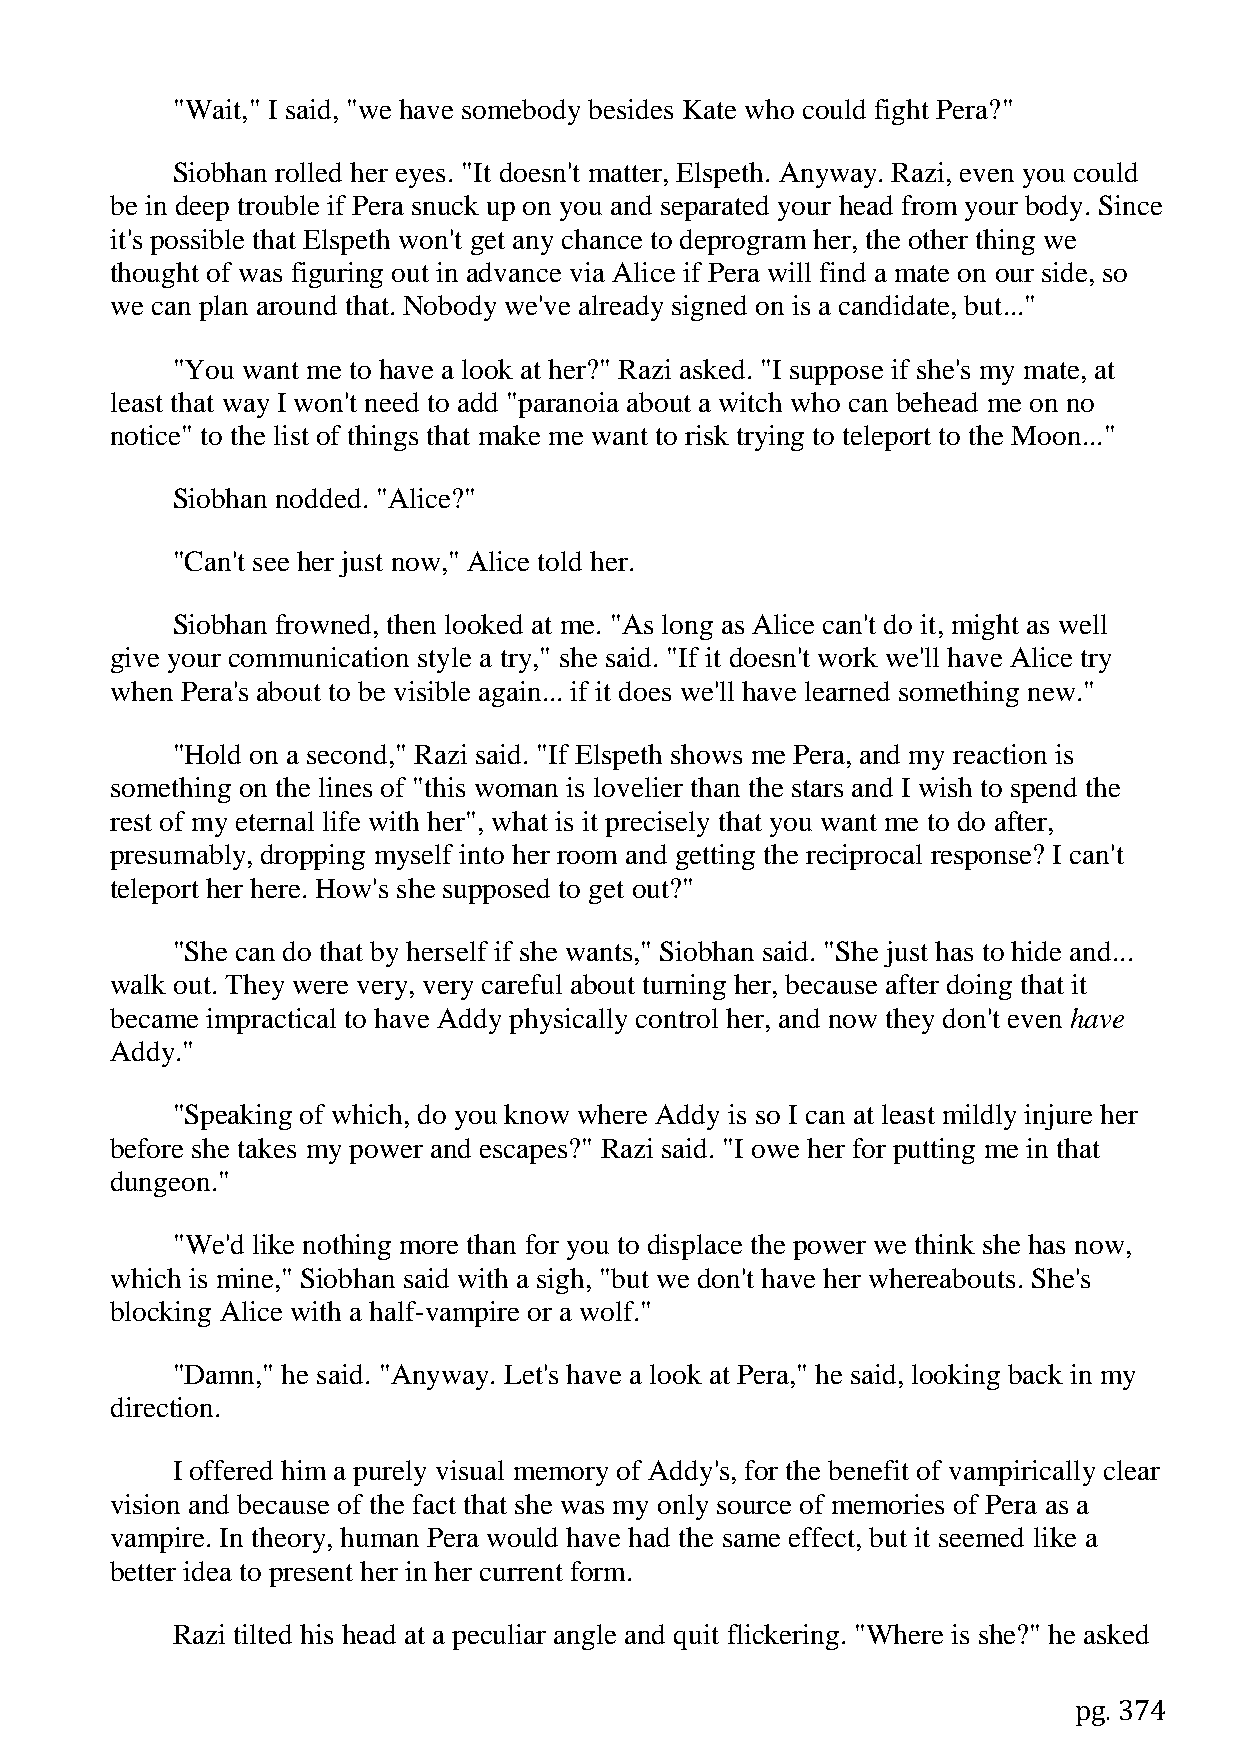
"Wait," I said, "we have somebody besides Kate who could fight Pera?"
 Siobhan rolled her eyes. "It doesn't matter, Elspeth. Anyway. Razi, even you could
 be in deep trouble if Pera snuck up on you and separated your head from your body. Since
 it's possible that Elspeth won't get any chance to deprogram her, the other thing we
 thought of was figuring out in advance via Alice if Pera will find a mate on our side, so
 we can plan around that. Nobody we've already signed on is a candidate, but..."
 "You want me to have a look at her?" Razi asked. "I suppose if she's my mate, at
 least that way I won't need to add "paranoia about a witch who can behead me on no
 notice" to the list of things that make me want to risk trying to teleport to the Moon..."
 Siobhan nodded. "Alice?"
 "Can't see her just now," Alice told her.
 Siobhan frowned, then looked at me. "As long as Alice can't do it, might as well
 give your communication style a try," she said. "If it doesn't work we'll have Alice try
 when Pera's about to be visible again... if it does we'll have learned something new."
 "Hold on a second," Razi said. "If Elspeth shows me Pera, and my reaction is
 something on the lines of "this woman is lovelier than the stars and I wish to spend the
 rest of my eternal life with her", what is it precisely that you want me to do after,
 presumably, dropping myself into her room and getting the reciprocal response? I can't
 teleport her here. How's she supposed to get out?"
 "She can do that by herself if she wants," Siobhan said. "She just has to hide and...
 walk out. They were very, very careful about turning her, because after doing that it
 became impractical to have Addy physically control her, and now they don't even have
 Addy."
 "Speaking of which, do you know where Addy is so I can at least mildly injure her
 before she takes my power and escapes?" Razi said. "I owe her for putting me in that
 dungeon."
 "We'd like nothing more than for you to displace the power we think she has now,
 which is mine," Siobhan said with a sigh, "but we don't have her whereabouts. She's
 blocking Alice with a half-vampire or a wolf."
 "Damn," he said. "Anyway. Let's have a look at Pera," he said, looking back in my
 direction.
 I offered him a purely visual memory of Addy's, for the benefit of vampirically clear
 vision and because of the fact that she was my only source of memories of Pera as a
 vampire. In theory, human Pera would have had the same effect, but it seemed like a
 better idea to present her in her current form.
 Razi tilted his head at a peculiar angle and quit flickering. "Where is she?" he asked
 pg. 374